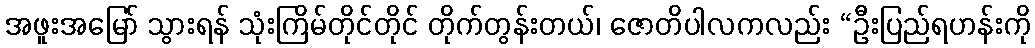
အဖူးအမြော် သွားရန် သုံးကြိမ်တိုင်တိုင် တိုက်တွန်းတယ်၊ ဇောတိပါလကလည်း “ဦးပြည်ရဟန်းကို